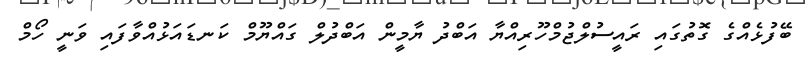
ބޭފުޅެއްގެ ގޮތުގައި ރައީސުލްޖުމްހޫރިއްޔާ އަބްދު ޔާމީން އަބްދުލް ގައްޔޫމް ކަނޑައަޅުއްވާފައި ވަނީ ހޯމް